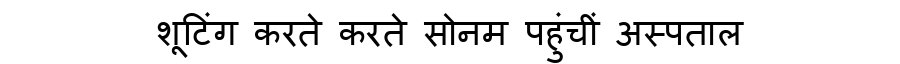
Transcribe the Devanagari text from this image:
शूटिंग करते करते सोनम पहुंचीं अस्पताल